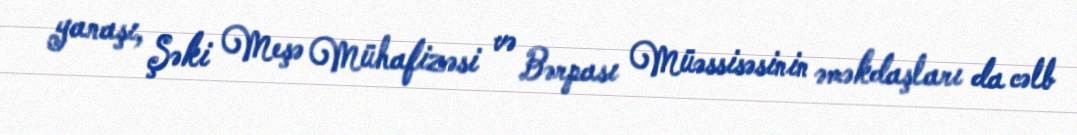
yanaşı, Şəki Meşə Mühafizəsi və Bərpası Müəssisəsinin əməkdaşları da cəlb